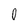
Character: O